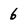
Character: 6